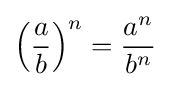
\left({\frac {a}{b}}\right)^{n}={\frac {a^{n}}{b^{n}}}